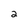
Character: 2